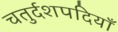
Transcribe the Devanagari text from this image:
चतुर्दशपदियाँ